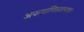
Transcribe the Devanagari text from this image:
अफगाणिस्तानावर